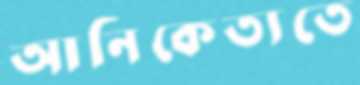
আনিকেত্যতে